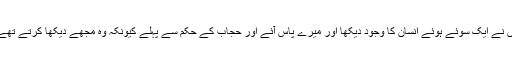
کہتے ہیں وہ صبح ڈیرے پر آئے جہاں ہمارا پڑاؤ تھا اور انہوں نے ایک سوئے ہوئے انسان کا وجود دیکھا اور میرے پاس آئے اور حجاب کے حکم سے پہلے کیونکہ وہ مجھے دیکھا کرتے تھے تو انہوں نے جب دیکھا کہ مَیں ہوں تو انہوں نے اِنَّا لِلّٰہِ پڑھا۔